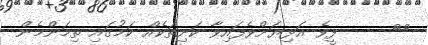
١١     ފީވެ އަޅިޔަށްވެފައިވާ ކަށިތަކެއް ކަމުގައި ތިމަންމެން